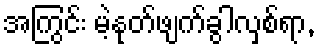
အကြွင်း မဲ့နုတ်ဖျက်ခွါလှစ်ရာ,